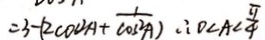
= 3 - ( 2 \cos ^ { 2 } A + \frac { 1 } { \cos ^ { 2 } A } ) \therefore 0 < A < \frac { \pi } { 4 }